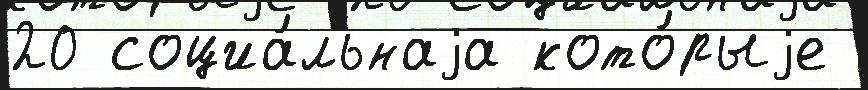
20 социа́льнаjа кото́рыjе